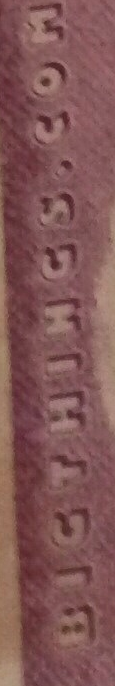
BIGTHIHGS.COM